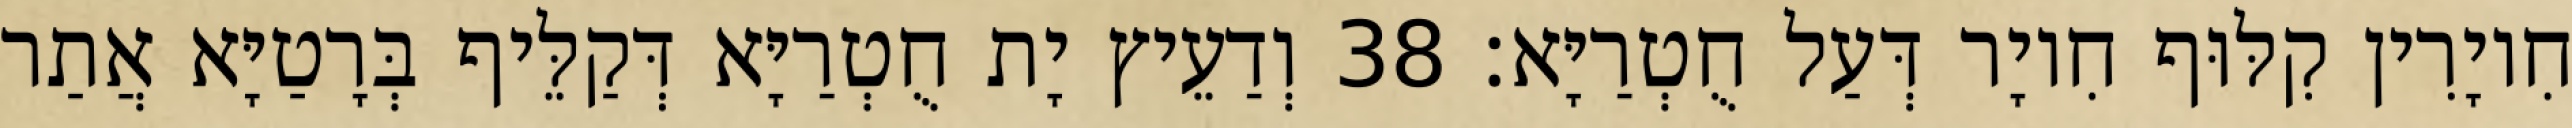
חִיוָרִין קִלּוּף חִיוָר דְּעַל חֻטְרַיָּא׃ 38 וְדַעֵיץ יָת חֻטְרַיָּא דְּקַלֵּיף בְּרָטַיָּא אֲתַר